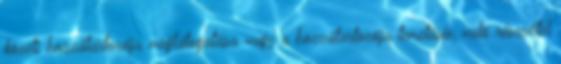
közeli hozzátartozója meglátogatása vagy a hozzátartozója temetésén való részvétel